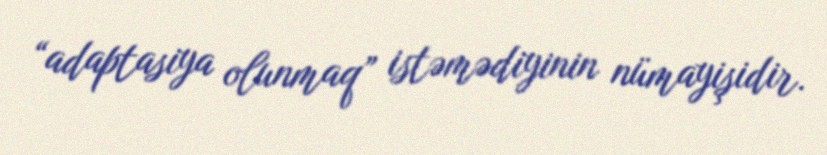
“adaptasiya olunmaq” istəmədiyinin nümayişidir.